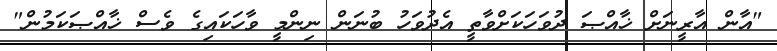
"އާން އާރީނަށް ޚާއްޞަ ދުވަހަކަށްވާތީ އެދުވަހު ބުނަން ނިންމީ ވާހަކައިގެ ވެސް ޚާއްޞަކަމުން"